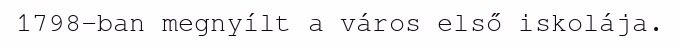
1798-ban megnyílt a város első iskolája.